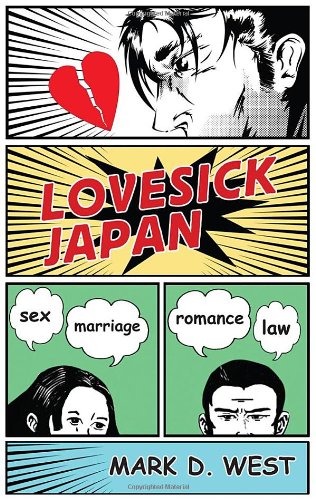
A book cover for Lovesick Japan: Sex * Marriage * Romance * Law; Mark D. West; Law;